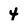
Character: 4